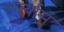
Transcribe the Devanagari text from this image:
कर्त्यास